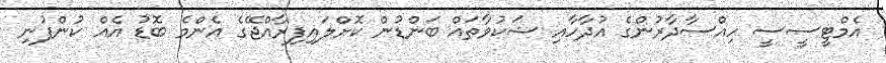
އެމްޓީސީސީ ހިއްސާދާރުންގެ އުދާހާއި ޝަކުވާތައް ބަންޑުން ކޮށްލައިފިރާއްޖޭގެ އެންމެ ބޮޑު އެއް ކުންފުނި